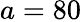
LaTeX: a=80